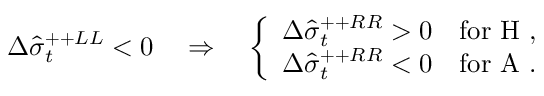
\Delta \hat { \sigma } _ { t } ^ { + + L L } < 0 \quad \Rightarrow \quad \left\{ \begin{array} { l l } { { \Delta \hat { \sigma } _ { t } ^ { + + R R } > 0 } } & { { \mathrm { f o r ~ H ~ } , } } \\ { { \Delta \hat { \sigma } _ { t } ^ { + + R R } < 0 } } & { { \mathrm { f o r ~ A ~ } . } } \end{array} \right.